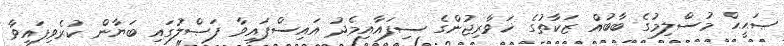
ޞަޙީޙް މުސްލިމުގެ ބާބުއް ޒަކާތުގެ ޚަވާރިޖުންގެ ސިފައާއިމެދު އައިސްފައިވާ ފަޞްލުގައި ބަޔާން ކުރެވިފައިވާ